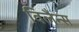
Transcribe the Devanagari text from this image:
विलैन्स